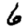
Digit: 6